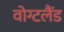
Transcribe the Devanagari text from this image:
वोग्टलैंड